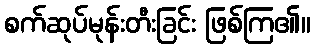
စက်ဆုပ်မုန်းတီးခြင်း ဖြစ်ကြ၏။